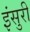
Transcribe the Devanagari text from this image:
इंसुरी